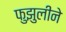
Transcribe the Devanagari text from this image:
फुझुलीने